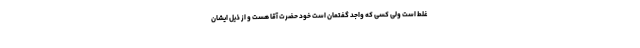
غلط است ولی کسی که واجد گفتمان است خود حضرت آقا هست و از ذیل ایشان